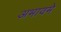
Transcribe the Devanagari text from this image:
अभावमे